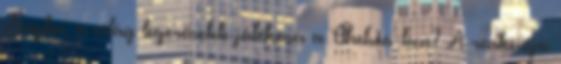
Anglia: a világ legerősebb játékosa a Chelsea-ben? A reakciója